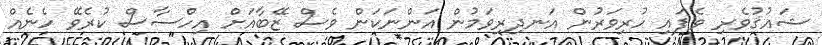
ޝައުޤުވެރި ވެފައި ހުރިވަރުން އަނދިރިވަމުން އަންނަކަން ވެސް ޒޭބާއަށް އިހްސާސް ކުރެވޭ ހެނެއް